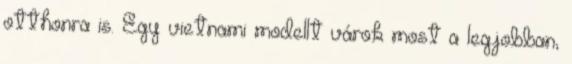
otthonra is. Egy vietnami modellt várok most a legjobban,